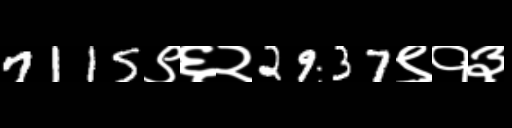
Text: 7115९६२2937९१३